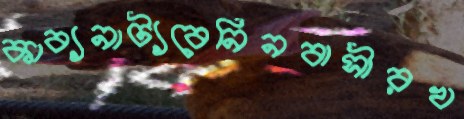
কাব্যনাট্যবেনিনবাসীরখ